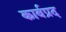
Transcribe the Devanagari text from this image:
कार्बप्रद